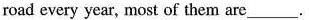
road every year, most of them are___.